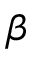
\beta